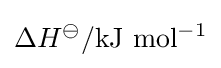
\Delta H^{\ominus }\mathrm {/kJ\ mol^{-1}}